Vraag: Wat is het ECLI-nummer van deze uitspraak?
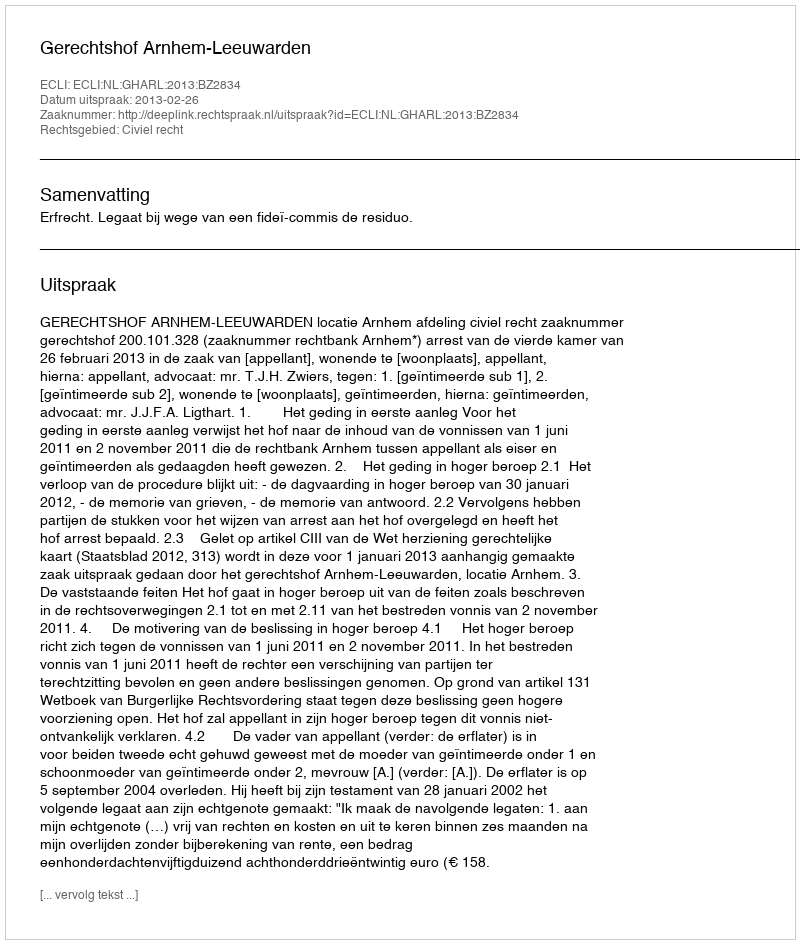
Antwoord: ECLI:NL:GHARL:2013:BZ2834